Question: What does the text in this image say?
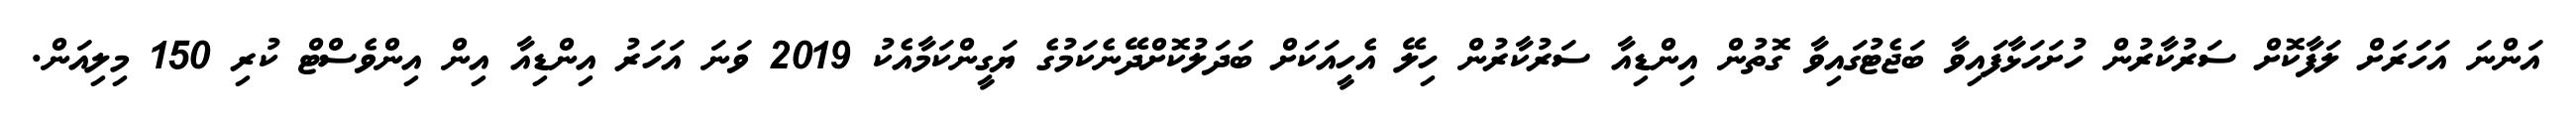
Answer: އަންނަ އަހަަރަށް ލަފާކޮށް ސަރުކާރުން ހުށަހަޅާފައިވާ ބަޖެޓުގައިވާ ގޮތުން އިންޑިއާ ސަރުކާރުން ހިލޭ އެހީއަކަށް ބަދަލުކޮށްދޭނެކަމުގެ ޔަގީންކަމާއެކު 2019 ވަނަ އަހަރު އިންޑިއާ އިން އިންވެސްޓް ކުރި 150 މިލިއަން.